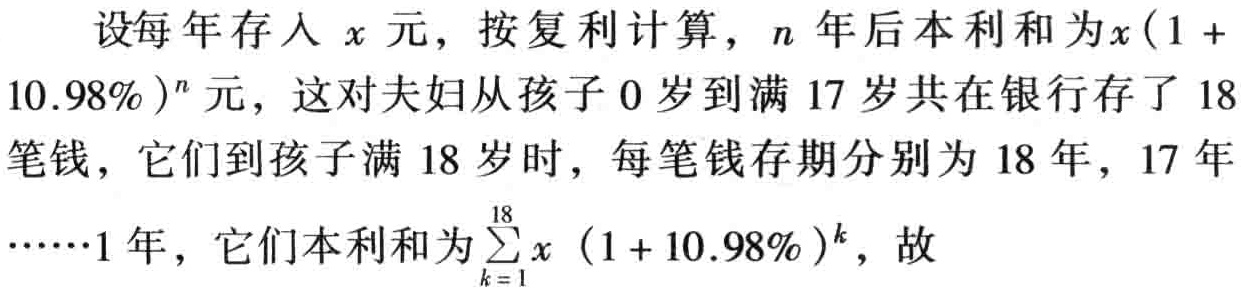
设每年存入\(x\)元，按复利计算，\(n\)年后本利和为\(x(1 + 10.98\%)^{n}\)元，这对夫妇从孩子\(0\)岁到满\(17\)岁共在银行存了\(18\)笔钱，它们到孩子满\(18\)岁时，每笔钱存期分别为\(18\)年，\(17\)年\(\cdots\cdots1\)年，它们本利和为\(\sum_{k = 1}^{18}x(1 + 10.98\%)^{k}\)，故